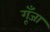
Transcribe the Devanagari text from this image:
गूँजा